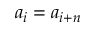
a _ { i } = a _ { i + n }